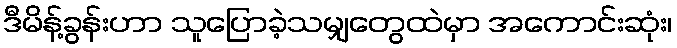
ဒီမိန့်ခွန်းဟာ သူပြောခဲ့သမျှတွေထဲမှာ အကောင်းဆုံး၊